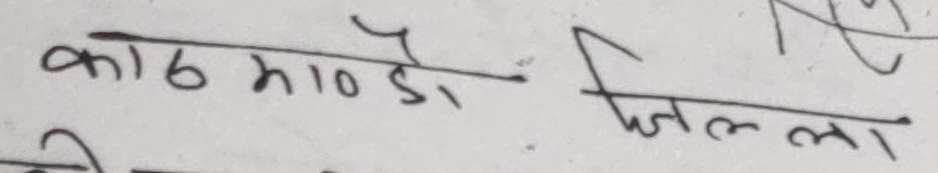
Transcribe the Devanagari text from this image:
काठमाण्डौ  चिलला